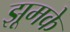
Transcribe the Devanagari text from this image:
झूमके